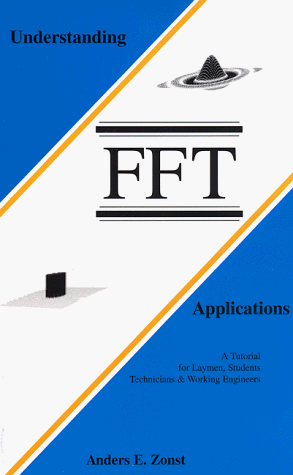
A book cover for Understanding FFT Applications : A Tutorial for Laymen, Students, Technicians & Working Engineers; Anders E. Zonst; Science & Math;